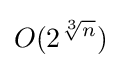
O(2^{\sqrt[{3}]{n}})